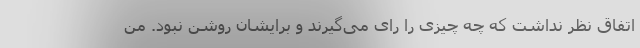
اتفاق نظر نداشت که چه چیزی را رای می‌گیرند و برایشان روشن نبود. من